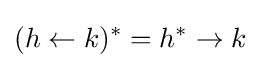
(h\leftarrow k)^{*}=h^{*}\rightarrow k